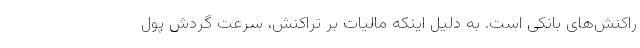
راکنش‌های بانکی است. به دلیل اینکه مالیات بر تراکنش، سرعت گردش پول